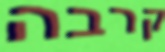
קרבה